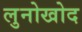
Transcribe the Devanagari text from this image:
लुनोखोद